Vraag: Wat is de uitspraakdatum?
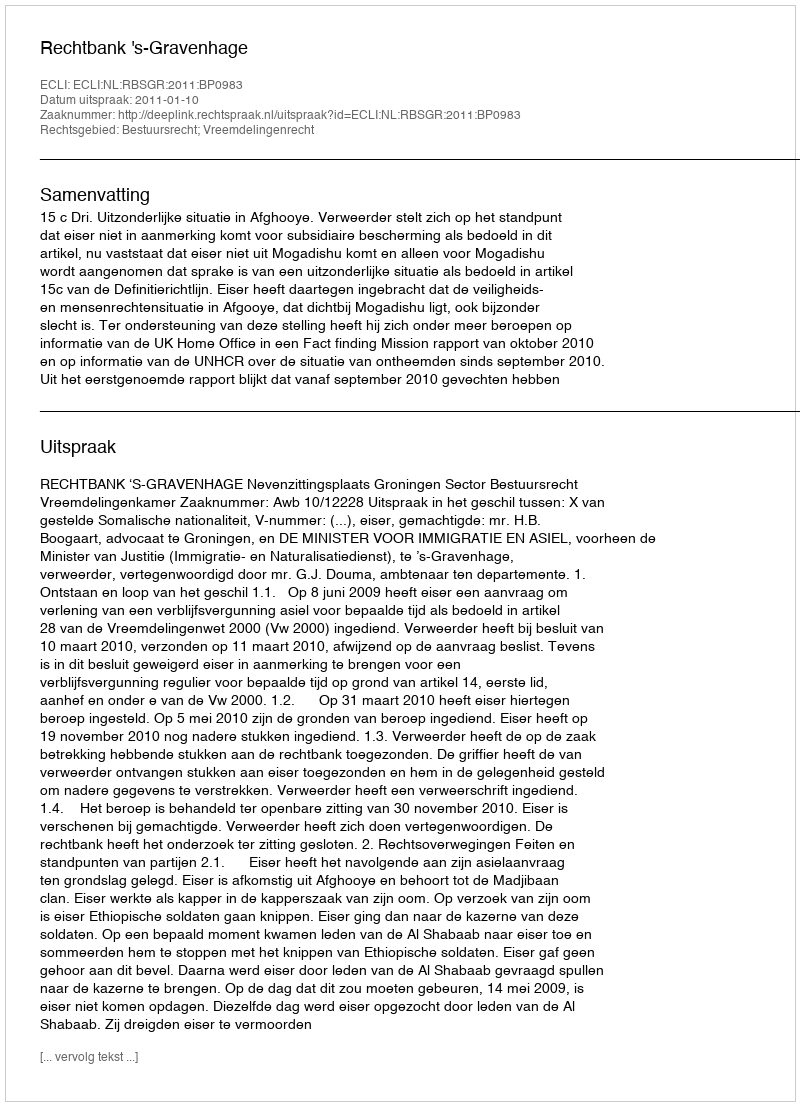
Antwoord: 2011-01-10